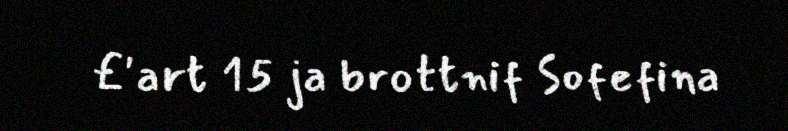
£'art 15 ja brottnif Sofefina